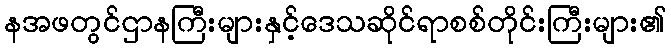
နအဖတွင်ဌာနကြီးများနှင့်ဒေသဆိုင်ရာစစ်တိုင်းကြီးများ၏